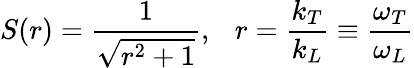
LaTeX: S(r)=\frac{1}{\sqrt{r^{2}+1}},~~~r=\frac{k_{T}}{k_{L}}\equiv\frac{\omega_{T}}{\omega_{L}}